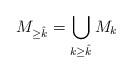
LaTeX: \begin{align*}M_{\geq \hat{k}} = \bigcup_{k \geq \hat{k}} M_k\end{align*}